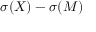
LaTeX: \sigma ( X ) - \sigma ( M )